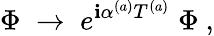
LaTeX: \Phi\; \rightarrow\; e^{\mathbf{i}\alpha^{(a)}T^{(a)}}\; \Phi\ ,